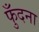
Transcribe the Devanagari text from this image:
फुँदना